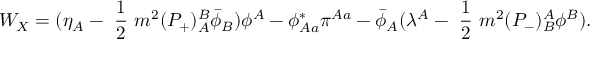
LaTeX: W _ { X } = ( \eta _ { A } - \mathrm { ~ \frac { 1 } { 2 } ~ } m ^ { 2 } ( P _ { + } ) _ { A } ^ { B } \bar { \phi } _ { B } ) \phi ^ { A } - \phi _ { A a } ^ { * } \pi ^ { A a } - \bar { \phi } _ { A } ( \lambda ^ { A } - \mathrm { ~ \frac { 1 } { 2 } ~ } m ^ { 2 } ( P _ { - } ) _ { B } ^ { A } \phi ^ { B } ) .